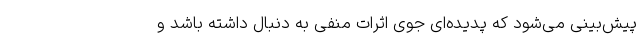
پیش‌بینی می‌شود که پدیده‌ای جوی اثرات منفی به دنبال داشته باشد و